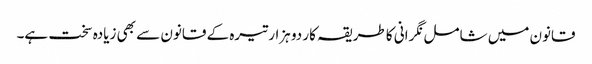
قانون میں شامل نگرانی کا طریقہ کار دو ہزار تیرہ کے قانون سے بھی زیادہ سخت ہے۔